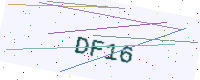
Text: DF16